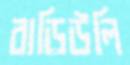
বাড়িউলি